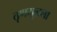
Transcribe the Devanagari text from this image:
तृणमूलला